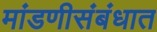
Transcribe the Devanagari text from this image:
मांडणीसंबंधात